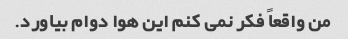
من واقعاً فکر نمی کنم این هوا دوام بیاورد.